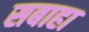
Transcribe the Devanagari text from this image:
सबाहा